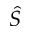
\widehat { S }